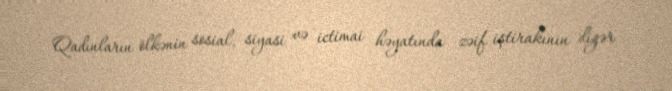
Qadınların ölkənin sosial, siyasi və ictimai həyatında zəif iştirakının digər